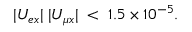
| U _ { e x } | \; | U _ { \mu x } | \; < \; 1 . 5 \times 1 0 ^ { - 5 } .